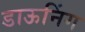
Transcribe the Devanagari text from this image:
डाऊनिंग